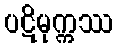
ပဋိမုက္ကဿ